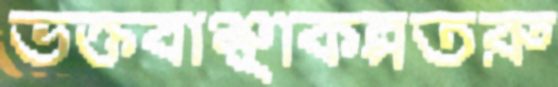
ভক্তবাঞ্ছাকল্পতরু